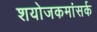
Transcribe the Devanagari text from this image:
शयोजकमांसर्क